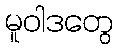
မူဝါဒတွေ